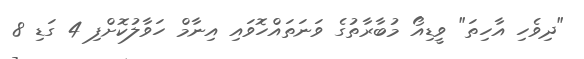
"ދިވެހި އާހިތަ" ވީޑިއޯ މުބާރާތުގެ ވަނަތައްހޮވައި އިނާމް ހަވާލުކޮށްފި 4 ގަޑި 8